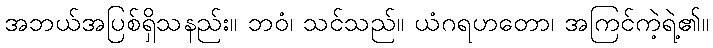
အဘယ်အပြစ်ရှိသနည်း။ ဘဝံ၊ သင်သည်။ ယံဂရဟတော၊ အကြင်ကဲ့ရဲ့၏။